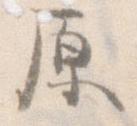
原